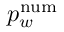
p _ { w } ^ { \mathrm { n u m } }